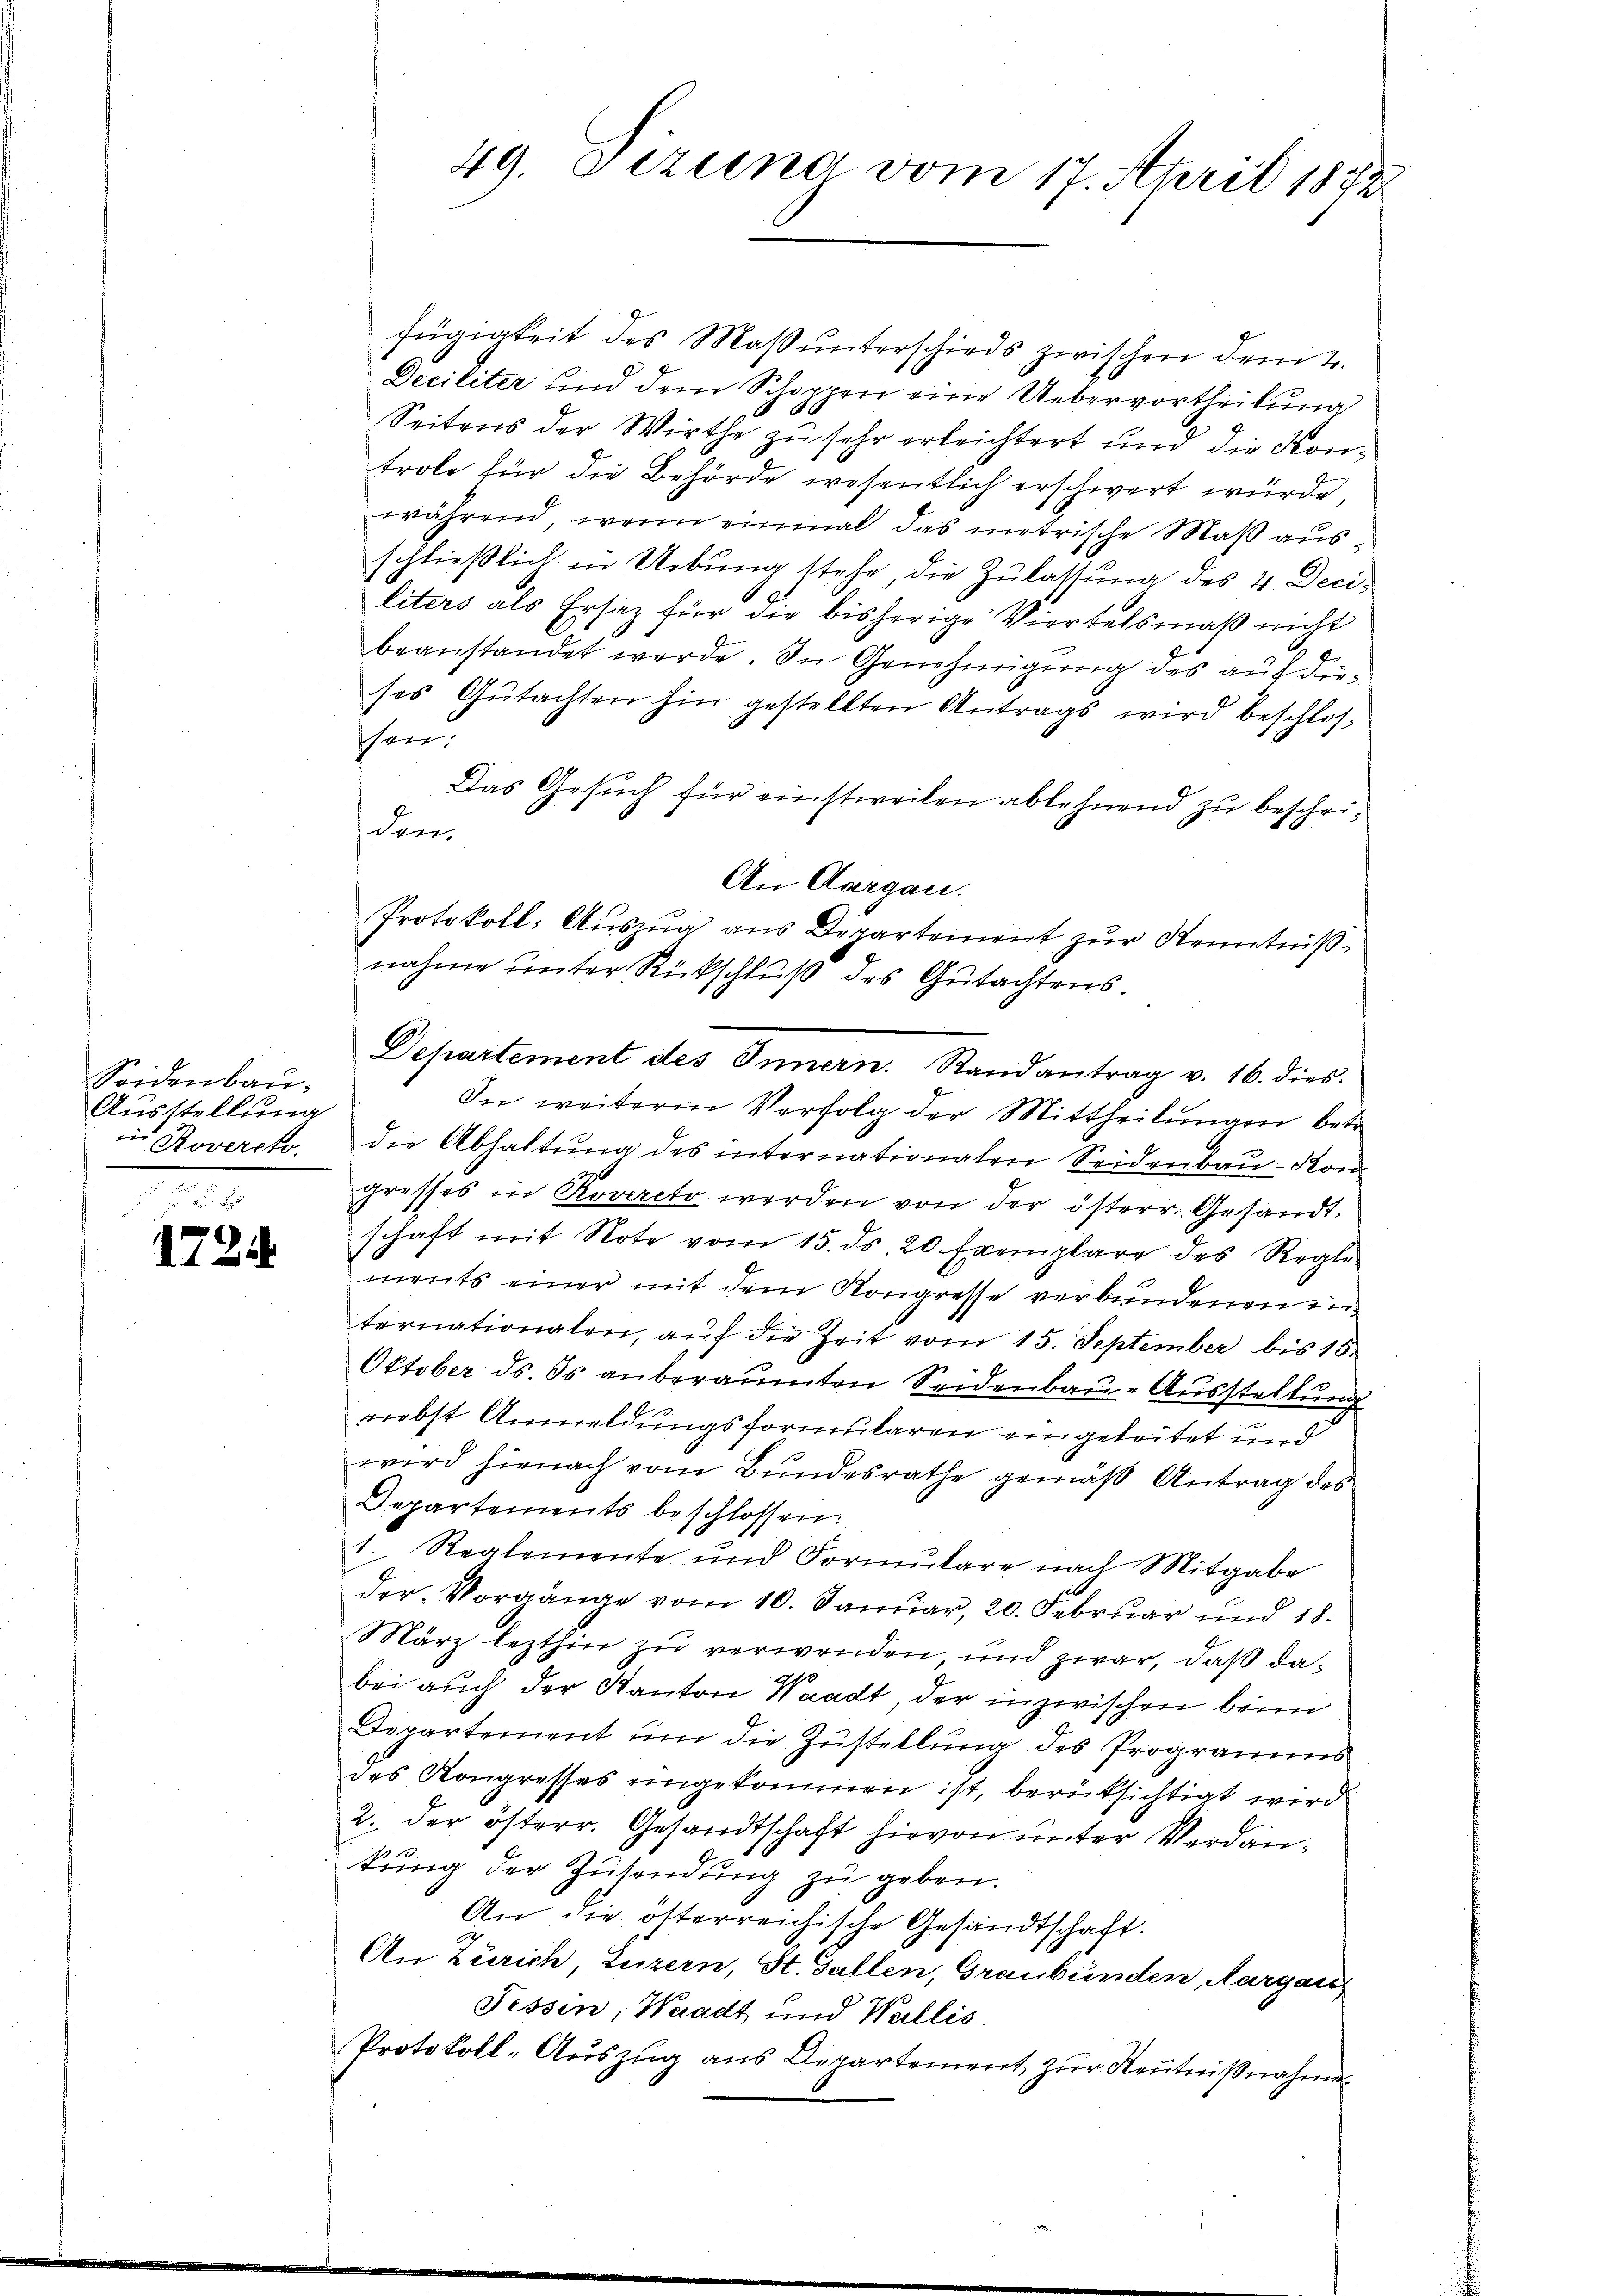
Seidenbau.
Ausstellung
in Rovercto.

1724

fügigkeit des Maß unterschieds zwischen dem 2.
Deciliter und dem Schoppen eine Uebervortheilung
Seitens der Wirthe zu sehr erleichtert und die Kontrole für die Behörde wesentlich erschwert würde,
während, wenn einmal das metrische Maß ausschließlich in Uebung stehe, die Zulassung des 4 Deciliters als Ersatz für die bisherige Viertelsmaß nicht
beanstandet werde. In Genehmigung des auf dieses Gutachten hin gestellten Antrags wird beschlossheer
Das Gesuch für einstweilen ablehnend zu bescheiden.
In weitere Verfolg der Mittheilungen betr
die Abhaltung des internationaten Seidenbau - Kon
gresses in Rovereto werden von der österr. Gesandt-
schaft mit Note vom 15. ds. 20 Exemplare des Regle
ments einer mit dem Kongresse verbundenen internationalen, auf die Zeit vom 15. September bis 15.
Oktober ds. es anberaumten Seidenbau-Ausstellung
nebst Anmeldungsformularen eingeleitet und
wird hienach vom Bundesrathe gemäß Antrag des
Departements beschlossen:
1. Reglemente und Formŭlare nach Mitgabe
der Vorgänge vom 10. Januar, 20. Februar und 18.
März lezthin zu verwenden, und zwar, daß dabei auch der Kanton Waadt, der inzwischen beim
Departement um die Zustellung des Programms
des Kongresses eingekommen ist, berüksichtigt wird
2. der österr. Gesandtschaft hievon unter Verdankung der Zusendung zu geben.
An die osterreichische Gesandtschaft.
An Zürich, Luzern, St. Gallen, Graubünden, Aargau
Fessen, Waadt und Wallis
Protokoll-Auszug aus Departement zur Kenntnißnahme

49. Sezung vom 17. April 1872

An Aargau.
Protokoll: Aŭszŭg ans Departement zŭr Kenntniß
nahme unter Rückschluß des Gutachtens
Departement des Innern. Randantrag v. 16. dies